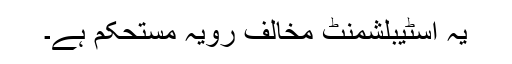
یہ اسٹیبلشمنٹ مخالف رویہ مستحکم ہے۔